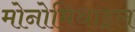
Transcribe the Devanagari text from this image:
मोनोमिथाइल